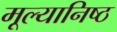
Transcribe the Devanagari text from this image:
मूल्यानिष्ठ